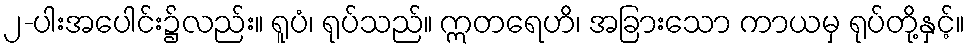
၂-ပါးအပေါင်း၌လည်း။ ရူပံ၊ ရုပ်သည်။ ဣတရေဟိ၊ အခြားသော ကာယမှ ရုပ်တို့နှင့်။